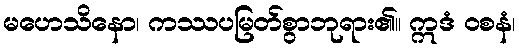
မဟေသိနော၊ ကဿပမြတ်စွာဘုရား၏။ ဣဒံ ဝစနံ၊